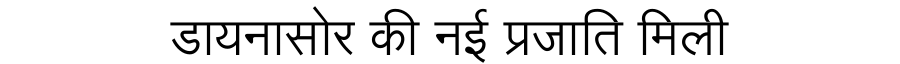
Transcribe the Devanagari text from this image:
डायनासोर की नई प्रजाति मिली